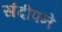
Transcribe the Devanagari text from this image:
संदीपने